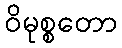
ဝိမုစ္စတော